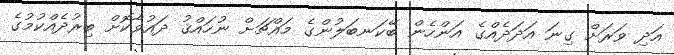
އަދި ވަރަށް ގިނަ އަދަދެއްގެ އަންހެން ބޭކަނބަލުންގެ މައްޗަށް ނުހައްޤު ދައުވާކޮށް ބިރުދެއްކުމުގެ